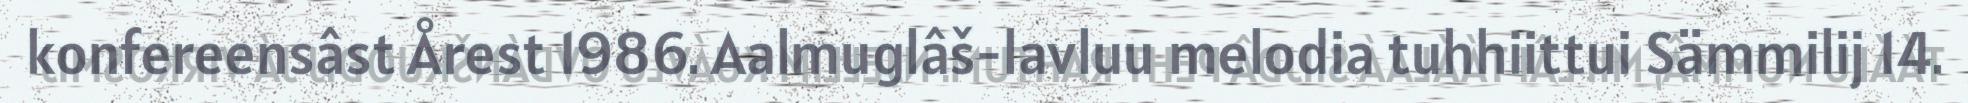
konfereensâst Årest 1986. Aalmuglâš-lavluu melodia tuhhiittui Sämmilij 14.